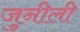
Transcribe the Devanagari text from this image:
जुनीली